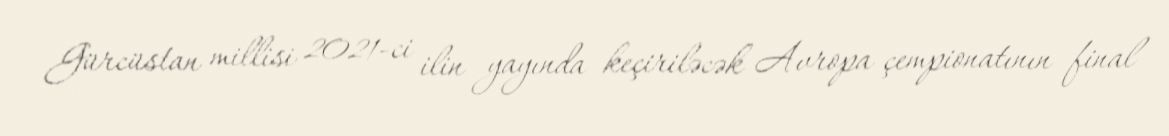
Gürcüstan millisi 2021-ci ilin yayında keçiriləcək Avropa çempionatının final